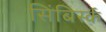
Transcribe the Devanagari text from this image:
सिंबिर्स्क